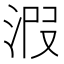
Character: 𣴫